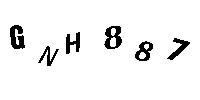
GNH887